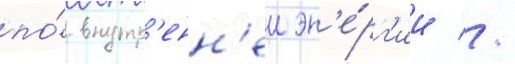
по́ внутр'енн'еи эн'е́рг'ии //